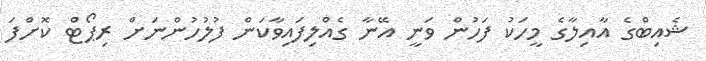
ޝެއިބްގެ އާއިލާގެ މީހަކު ފަހުން ވަނީ އޭނާ ގެއްލިފަައިވާކަން ފުލުހުންނަށް ރިޕޯޓް ކޮށްފަ